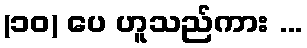
(၁၀) ပေ ဟူသည်ကား ...